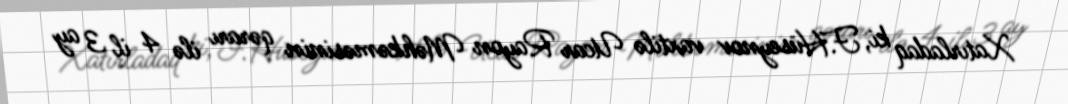
Xatırladaq ki, F.Hüseynov vaxtilə Ucar Rayon Məhkəməsinin qərarı ilə 4 il 3 ay